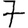
Digit: 7